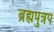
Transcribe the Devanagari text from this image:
ब्रह्मपुत्रप